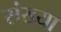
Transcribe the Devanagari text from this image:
संख्या